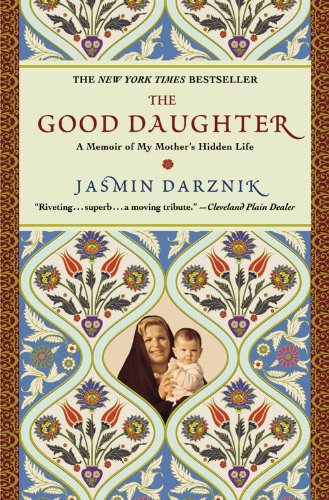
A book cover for The Good Daughter: A Memoir of My Mother's Hidden Life; Jasmin Darznik; Religion & Spirituality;